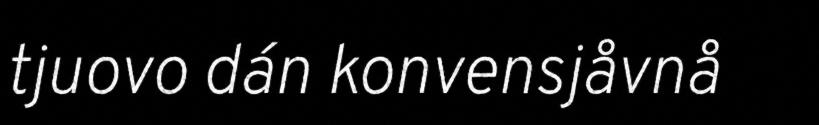
tjuovo dán konvensjåvnå